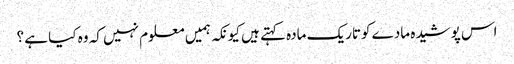
اس پوشیدہ مادے کوتاریک مادہ کہتے ہیں کیونکہ ہمیں معلوم نہیں کہ وہ کیا ہے ؟